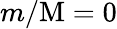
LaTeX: m/\mathrm{M}=0